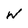
Character: W